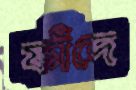
ফাঁদে